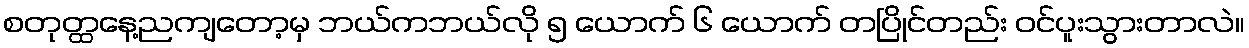
စတုတ္ထနေ့ညကျတော့မှ ဘယ်ကဘယ်လို ၅ ယောက် ၆ ယောက် တပြိုင်တည်း ဝင်ပူးသွားတာလဲ။